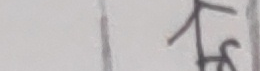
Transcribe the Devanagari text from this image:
फ्रुट